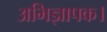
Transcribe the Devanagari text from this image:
अभिज्ञापक।